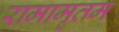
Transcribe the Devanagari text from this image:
रामामृतम